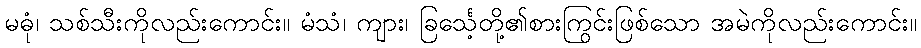
မဓုံ၊ သစ်သီးကိုလည်းကောင်း။ မံသံ၊ ကျား၊ ခြင်္သေ့တို့၏စားကြွင်းဖြစ်သော အမဲကိုလည်းကောင်း။